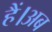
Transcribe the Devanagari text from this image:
हैं।अब